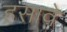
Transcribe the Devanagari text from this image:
हसावे